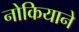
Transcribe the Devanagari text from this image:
नोकियाने